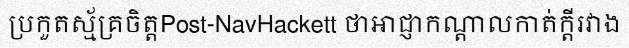
ប្រកួតស្ម័គ្រចិត្តPost-NavHackett ថាអាជ្ញាកណ្តាលកាត់ក្តីរវាង